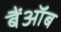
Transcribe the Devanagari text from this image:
बैंऑब